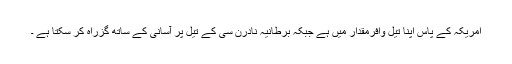
امریکہ کے پاس اپنا تیل وافرمقدار میں ہے جبکہ برطانیہ نادرن سی کے تیل پر آسانی کے ساتھ گزراہ کر سکتا ہے ۔